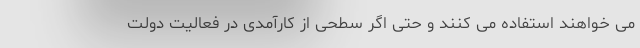
می خواهند استفاده می کنند و حتی اگر سطحی از کارآمدی در فعالیت دولت